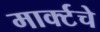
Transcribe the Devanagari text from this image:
मार्क्टचे